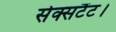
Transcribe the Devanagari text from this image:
सेक्सटैंट।